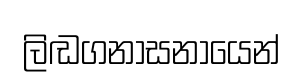
ලිඬගනාසනායෙන්